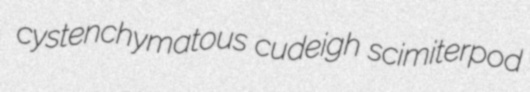
cystenchymatous cudeigh scimiterpod